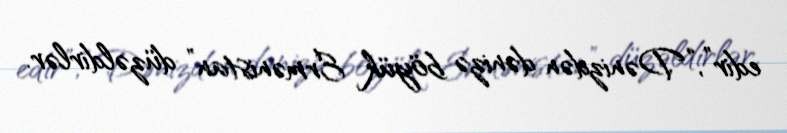
edir”, “Dənizdən dənizə böyük Ermənistan” düzəldirlər.